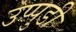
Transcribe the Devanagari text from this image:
उप्पुडी